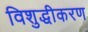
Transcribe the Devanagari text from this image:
विशुद्धीकरण